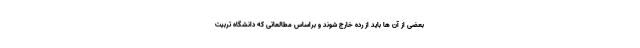
بعضی از آن ها باید از رده خارج شوند و براساس مطالعاتی که دانشگاه تربیت